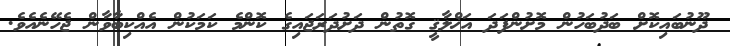
ދޫނުބައިކޮށް ބަދުބަހުން މޮށުންފަދަ އަޚްލާޤީ ގޮތުން ދަށުދަރަޖައިގެ ކޮންމެ ކަމަކުން އެއްކިބާވާން ޖެހޭނެއެވެ.